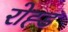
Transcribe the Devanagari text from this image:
रोह्ड